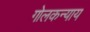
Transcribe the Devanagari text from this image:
गोलकन्याय